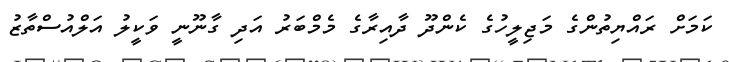
ކަމަށް ރައްޔިތުންގެ މަޖިލީހުގެ ކެންދޫ ދާއިރާގެ މެމްބަރު އަދި ގާނޫނީ ވަކީލު އަލްއުސްތާޒު